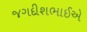
જગદીશભાઈએ